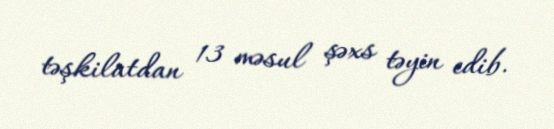
təşkilatdan 13 məsul şəxs təyin edib.